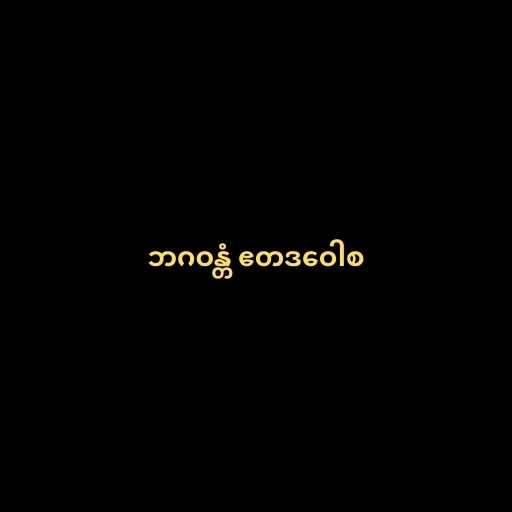
ဘဂဝန္တံ ဧတဒဝေါစ